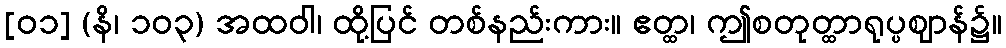
[၀၁] (နိ၊ ၁၀၃) အထဝါ၊ ထို့ပြင် တစ်နည်းကား။ ဧတ္ထ၊ ဤစတုတ္ထာရုပ္ပဈာန်၌။